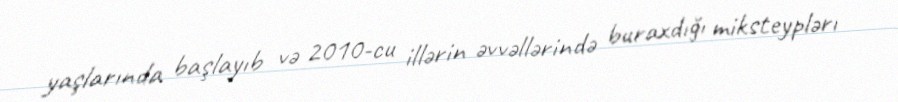
yaşlarında başlayıb və 2010-cu illərin əvvəllərində buraxdığı miksteyplərı